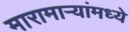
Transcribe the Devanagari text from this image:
मारामाऱ्यांमध्ये